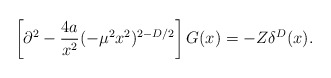
\begin{align*}\left[ \partial ^2-\frac{4a}{x^2}(-\mu ^2x^2)^{2-D/2}\right] G(x)=-Z\delta^D(x).\end{align*}